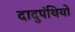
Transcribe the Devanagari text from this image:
दादुपंथियो